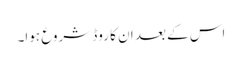
اس کے بعد ان کا روڈ شروع ہوا۔